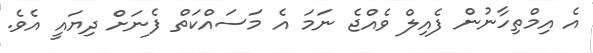
އެ އިމްތިހާނުން ފެއިލް ވެއްޖެ ނަމަ އެ މަސައްކަތް ފެނަށް ދިޔައީ އެވެ.